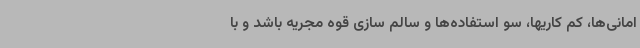
امانی‌ها، کم کاریها، سو استفاده‌ها و سالم سازی قوه مجریه باشد و با